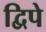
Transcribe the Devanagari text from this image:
द्विपे